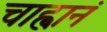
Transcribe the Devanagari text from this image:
चाह्वानं